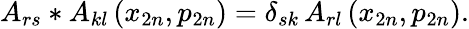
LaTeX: A_{rs}*A_{kl}\left(x_{2n},p_{2n}\right)=\delta_{sk}\, A_{rl}\left(x_{2n},p_{2n}\right).